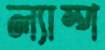
ল্যাম্প